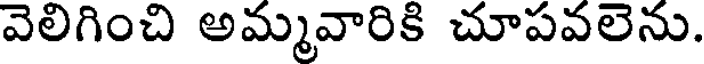
వెలిగించి అమ్మవారికి చూపవలెను.